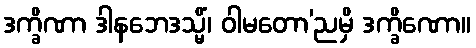
ဒက္ခိဏာ ဒါနဘေဒသ္မိံ၊ ဝါမတော’ညမှိ ဒက္ခိဏော။